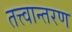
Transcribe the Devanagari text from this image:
तत्त्वान्तरण